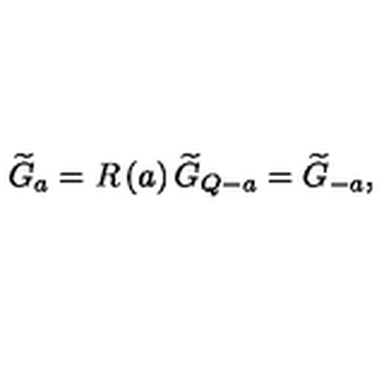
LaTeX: \widetilde { G } _ { a } = R \left( a \right) \widetilde { G } _ { Q - a } = \widetilde { G } _ { - a } ,